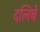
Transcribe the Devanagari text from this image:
दलिबे